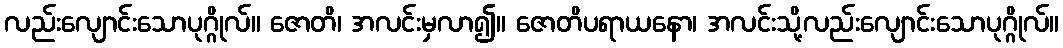
လည်းလျောင်းသောပုဂ္ဂိုလ်။ ဇောတိ၊ အလင်းမှလာ၍။ ဇောတိပရာယနော၊ အလင်းသို့လည်းလျောင်းသောပုဂ္ဂိုလ်။